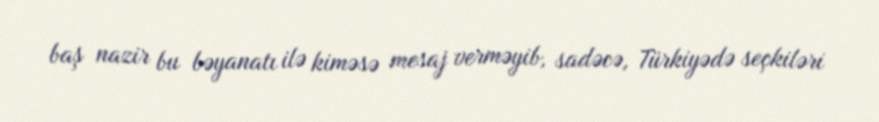
baş nazir bu bəyanatı ilə kiməsə mesaj verməyib, sadəcə, Türkiyədə seçkiləri